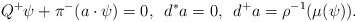
\begin{align*}Q^+\psi + \pi^{-}(a\cdot \psi) = 0,\,\,\, d^*a = 0,\,\,\, d^+a = \rho^{-1}(\mu(\psi)).\end{align*}